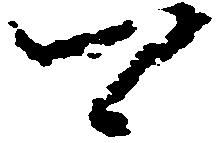
可